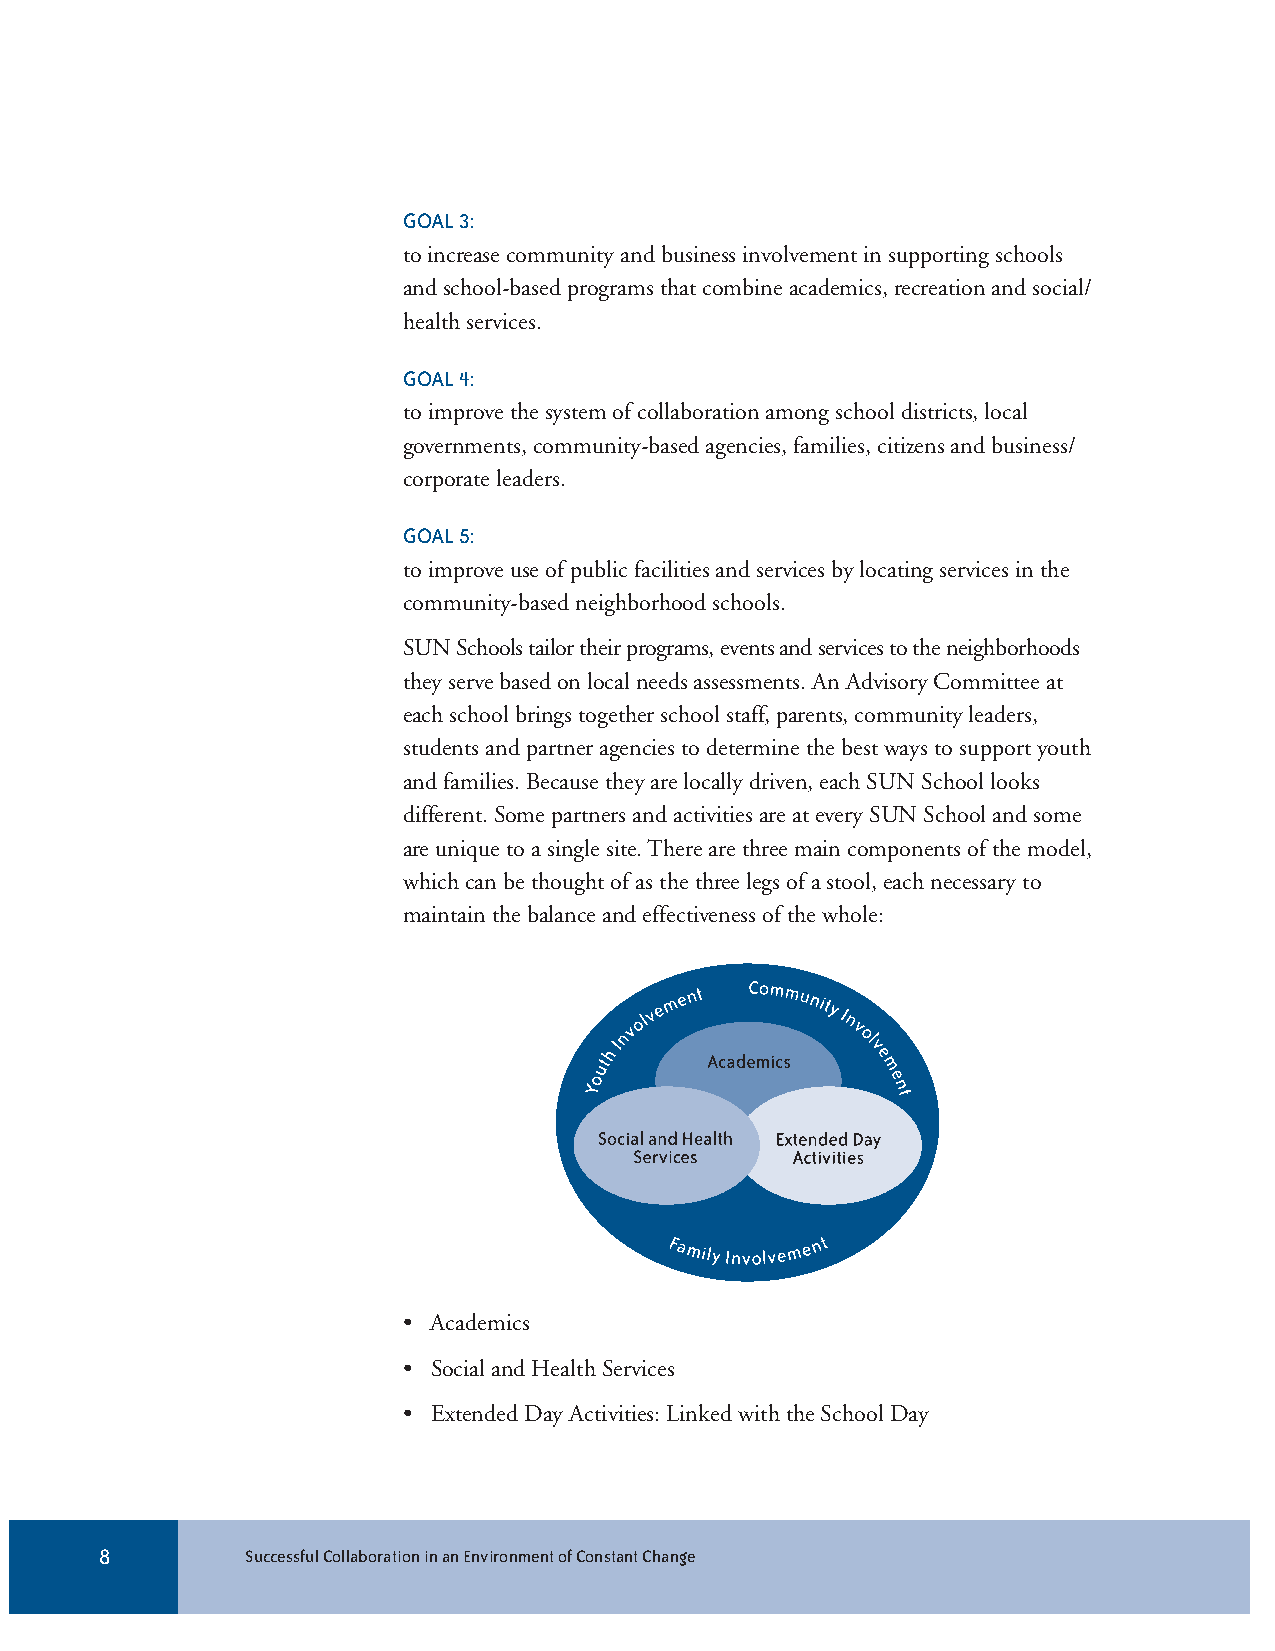
GOAL 3:
 to increase community and business involvement in supporting schools
 and school-based programs that combine academics, recreation and social/
 health services.
 GOAL 4:
 to improve the system of collaboration among school districts, local
 governments, community-based agencies, families, citizens and business/
 corporate leaders.
 GOAL 5:
 to improve use of public facilities and services by locating services in the
 community-based neighborhood schools.
 SUN Schools tailor their programs, events and services to the neighborhoods
 they serve based on local needs assessments. An Advisory Committee at
 each school brings together school staff, parents, community leaders,
 students and partner agencies to determine the best ways to support youth
 and families. Because they are locally driven, each SUN School looks
 different. Some partners and activities are at every SUN School and some
 are unique to a single site. There are three main components of the model,
 which can be thought of as the three legs of a stool, each necessary to
 maintain the balance and effectiveness of the whole:
 • Academics
 • Social and Health Services
 • Extended Day Activities: Linked with the School Day
 8        Successful Collaboration in an Environment of Constant Change